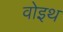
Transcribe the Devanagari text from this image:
वोइथ